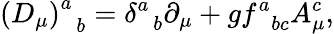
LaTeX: \left(D_{\mu}\right)_{\; \; b}^{a}=\delta_{\; \; b}^{a}\partial_{\mu}+gf_{\; \; bc}^{a}A_{\mu}^{c},